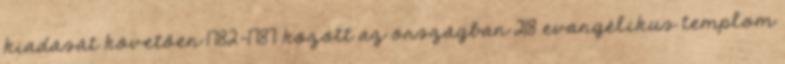
kiadását követően 1782-1787 között az országban 218 evangélikus templom